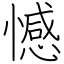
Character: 憾